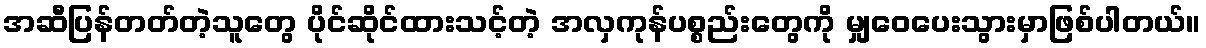
အဆီပြန်တတ်တဲ့သူတွေ ပိုင်ဆိုင်ထားသင့်တဲ့ အလှကုန်ပစ္စည်းတွေကို မျှဝေပေးသွားမှာဖြစ်ပါတယ်။